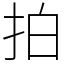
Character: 拍